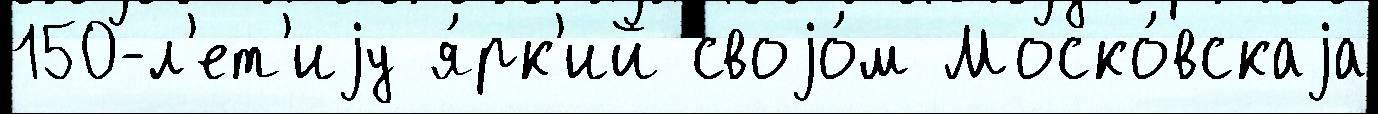
150-л'ет'иjу я́рк'ий своjо́м Моско́вскаjа